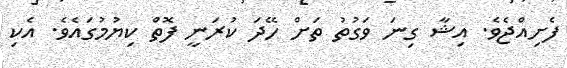
ފެށިއްޖެވެ. އިޝާ ގިނަ ވަގުތު ތަށް ހޭދަ ކުރަނީ ފޮތް ކިޔުމުގައެވެ. އެކި